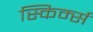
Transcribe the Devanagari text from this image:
स्किर्म्स